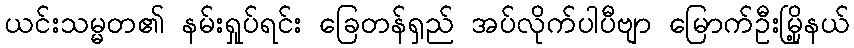
ယင်းသမ္မတ၏ နမ်းရှုပ်ရင်း ခြေတန်ရှည် အပ်လိုက်ပါပီဗျာ မြောက်ဦးမြို့နယ်